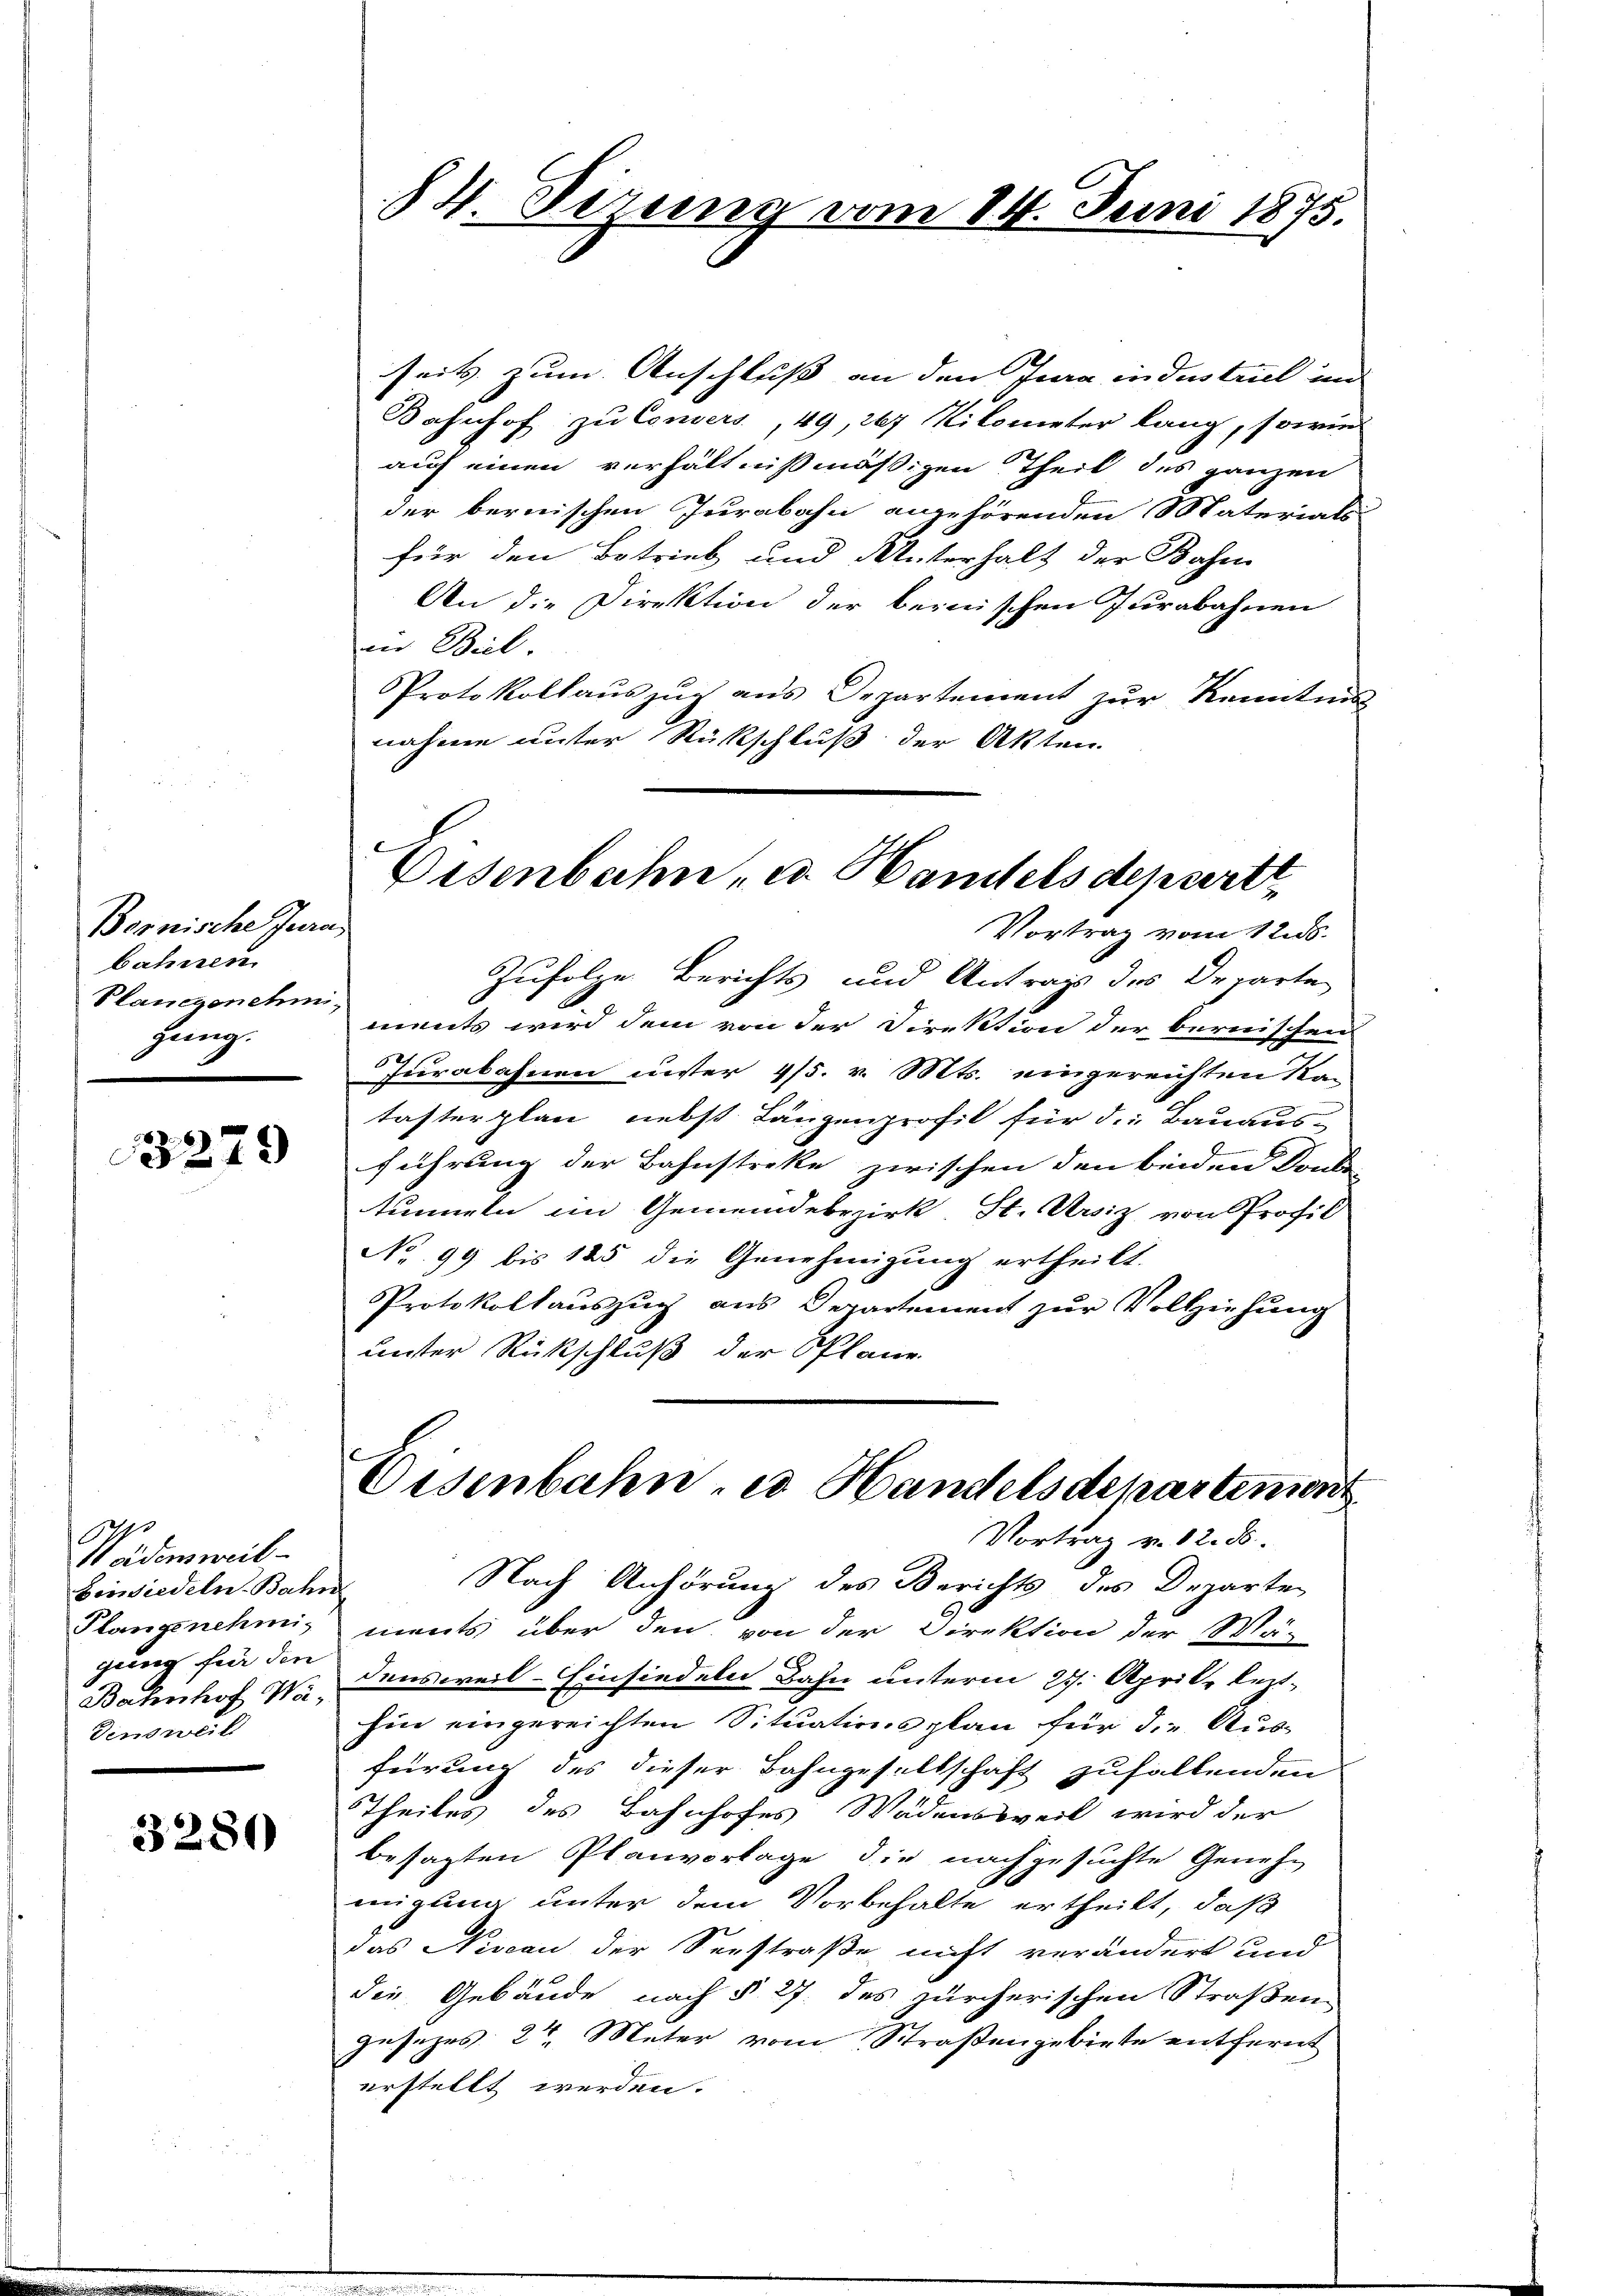
Bosnische Jura
bahnen
Stangenehmigeig.

3279

Weidenweil
Einsiedeln-Bahn
gung für den
densweil

3280

84. Dezung vom 14. Juni 1875.

seits zum Anschluss an den Jura industriel und |
Bahnhof zu Consers, 49, 267 Kilometer lang, sowie
auf einen verhältnißmäßigen Theil des ganzen
der bernischen Jurabahn angehörenden Materials
für den Betrieb und Unterhalt der Bahn
An die Direktion der bernischen Jurabahnen
in Beil.
Protokollaŭszŭg ans Departement zŭr Kenntnis
nahme unter Rückschluß der Akten.

Disenbahn u. Handels depert,

Vortrag vom 12. ds.
Zufolge Berichts und Antrags des Departen
ments wird dem von der Direktion der bernischen
Jurabahnen unter 4/5. v. Mts. eingereichten Kan
tasterplan nebst Längenprofil für d. Bauaus-
führung der Bahnstreke zwischen den beiden Konk
tummeln im Gemeindebezirk, St. Ursiz, von Profil
No 99 bis 125 die Genehmigung ertheilt.
Protokollauszug aus Departement zur Vollziehung
unter Rückschluß der Plane.
Eisenbahn, es Handelsdepartement

Vortrag v. 12. d.

Nach Anhörung des Berichts des Departe
Plangenehmis ments über den von der Direktion der Mär
Bahnhof 1, densweil–Einsiedeln Bahn unterm 27. April lezthin eingereichten Situationsplan für die Ausferung des dieser Bahngesellschaft zufallenden
Theiles des Bahnhofes Wädensweil wird der
besagten Planvorlage die nachgesuchte Geneh-
migung unter dem Vorbehalte ertheilt, daß
das Niveau der Seestraße nicht verändert und
die Gebäude nach § 27 des zürcherischen Straßen
gesezes 2te Meter vom Straßengebiete entfernt
erstellt werden.